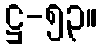
ဋ္ဌ-၅၃။